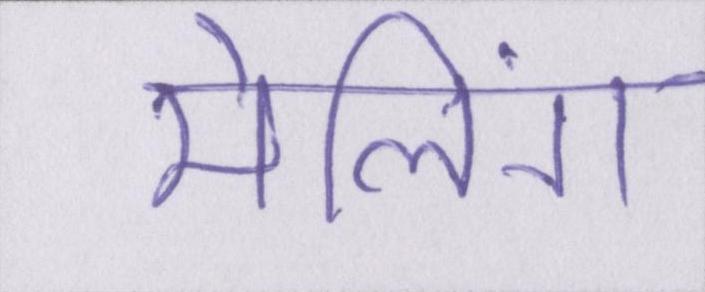
मेलिंग